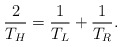
\begin{align*}{2 \over T_H} = {1 \over T_L} + {1 \over T_R}.\end{align*}